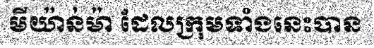
មីយ៉ាន់ម៉ា ដែលក្រុមទាំងនេះបាន